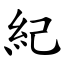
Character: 紀